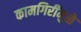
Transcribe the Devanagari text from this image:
कामगिरींमुळे